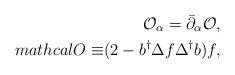
LaTeX: \begin{align*}\mathcal{O}_{\alpha }=\bar{\partial}_{\alpha }\mathcal{O},\\mathcal{O\equiv }(2-b^{\dag }\Delta f\Delta ^{\dag }b)f, \end{align*}